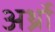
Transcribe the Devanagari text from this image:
अर्थ्रो